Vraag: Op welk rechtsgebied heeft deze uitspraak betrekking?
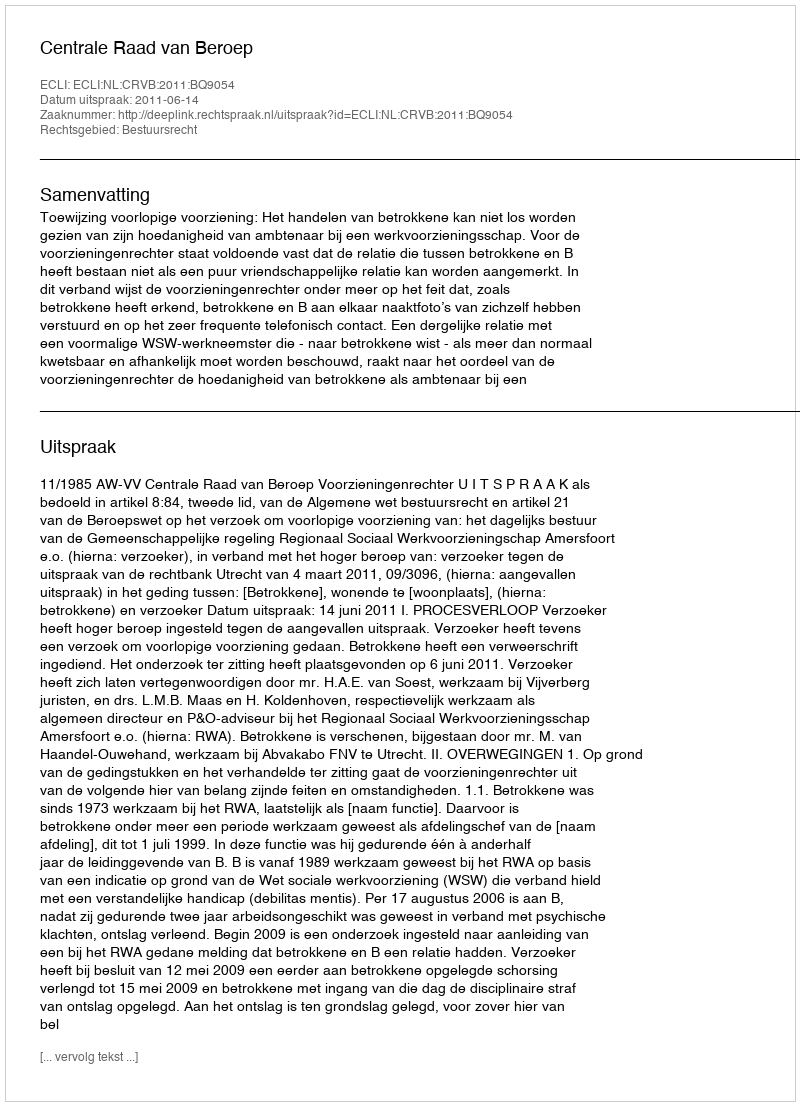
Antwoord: Bestuursrecht